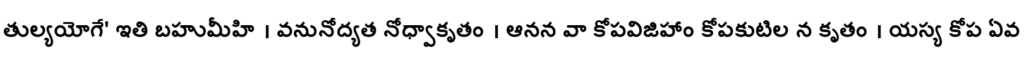
తుల్యయోగే' ఇతి బహుమీహి । వనునోద్యత నోధ్వాకృతం । ఆనన వా కోపవిజిహాం కోపకుటిల న కృతం । యస్య కోప ఏవ